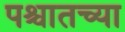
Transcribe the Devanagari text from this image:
पश्चातच्या